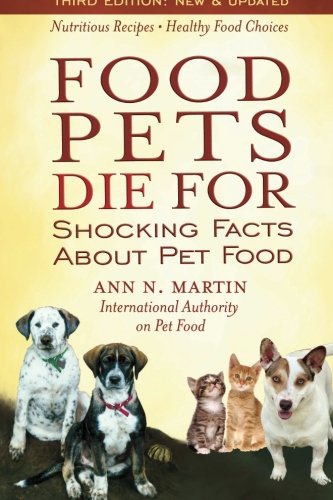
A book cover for Food Pets Die For: Shocking Facts About Pet Food; Ann N. Martin; Crafts, Hobbies & Home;